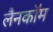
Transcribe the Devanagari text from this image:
लैनकॉम